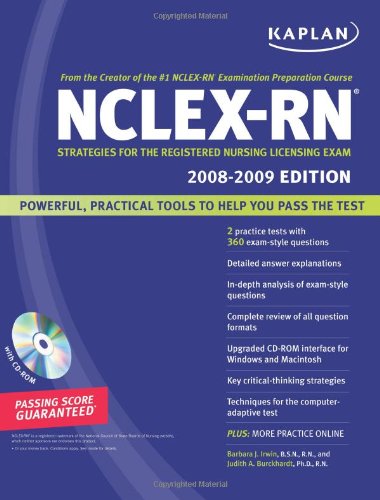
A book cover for Kaplan NCLEX-RN Exam 2008-2009 with CD-ROM: Strategies for the Registered Nursing Licensing Exam (Kaplan NCLEX-RN (W/CD)); Barbara J. Irwin; Test Preparation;